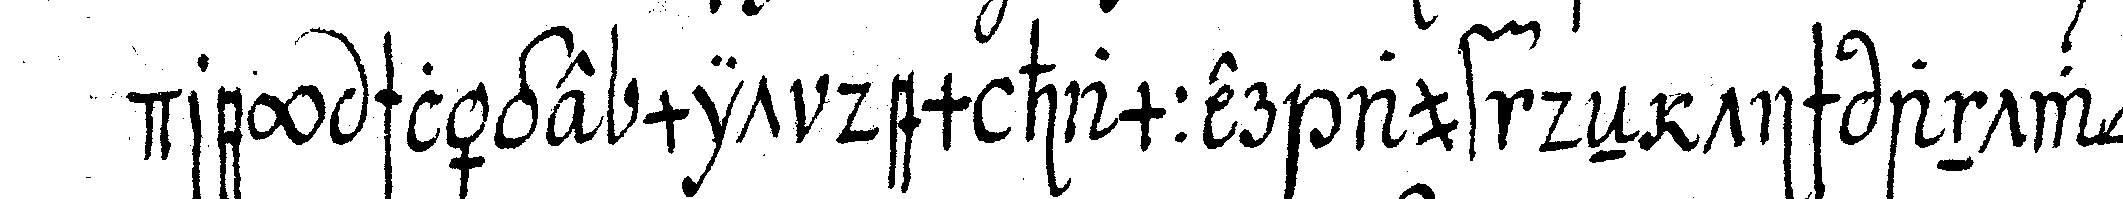
drey schläge mit dem hammer auf deN tisch antwor